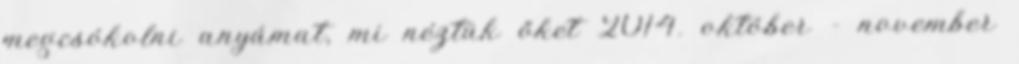
megcsókolni anyámat, mi néztük őket 2014. október - november